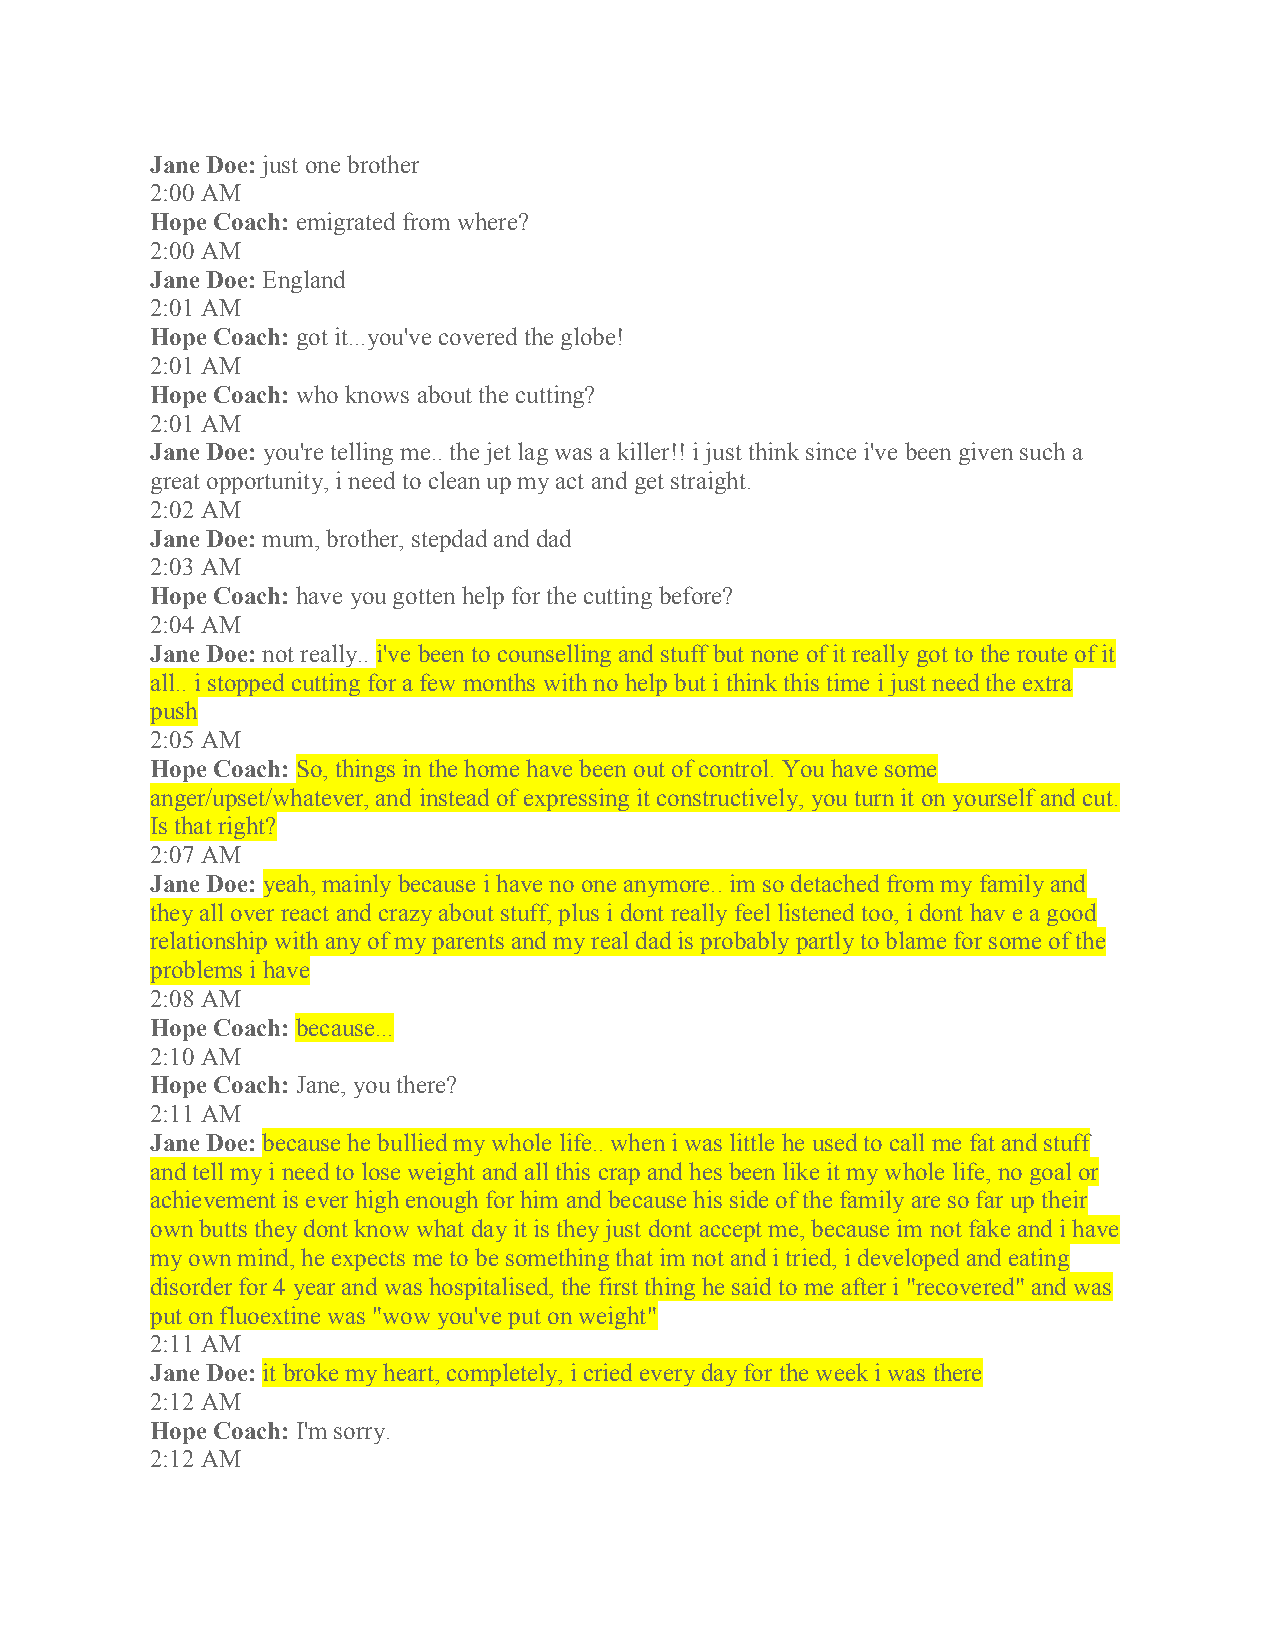
Jane Doe: just one brother
 2:00 AM
 Hope Coach: emigrated from where?
 2:00 AM
 Jane Doe: England
 2:01 AM
 Hope Coach: got it...you've covered the globe!
 2:01 AM
 Hope Coach: who knows about the cutting?
 2:01 AM
 Jane Doe: you're telling me.. the jet lag was a killer!! i just think since i've been given such a
 great opportunity, i need to clean up my act and get straight.
 2:02 AM
 Jane Doe: mum, brother, stepdad and dad
 2:03 AM
 Hope Coach: have you gotten help for the cutting before?
 2:04 AM
 Jane Doe: not really.. i've been to counselling and stuff but none of it really got to the route of it
 all.. i stopped cutting for a few months with no help but i think this time i just need the extra
 push
 2:05 AM
 Hope Coach: So, things in the home have been out of control. You have some
 anger/upset/whatever, and instead of expressing it constructively, you turn it on yourself and cut.
 Is that right?
 2:07 AM
 Jane Doe: yeah, mainly because i have no one anymore.. im so detached from my family and
 they all over react and crazy about stuff, plus i dont really feel listened too, i dont hav e a good
 relationship with any of my parents and my real dad is probably partly to blame for some of the
 problems i have
 2:08 AM
 Hope Coach: because...
 2:10 AM
 Hope Coach: Jane, you there?
 2:11 AM
 Jane Doe: because he bullied my whole life.. when i was little he used to call me fat and stuff
 and tell my i need to lose weight and all this crap and hes been like it my whole life, no goal or
 achievement is ever high enough for him and because his side of the family are so far up their
 own butts they dont know what day it is they just dont accept me, because im not fake and i have
 my own mind, he expects me to be something that im not and i tried, i developed and eating
 disorder for 4 year and was hospitalised, the first thing he said to me after i "recovered" and was
 put on fluoextine was "wow you've put on weight"
 2:11 AM
 Jane Doe: it broke my heart, completely, i cried every day for the week i was there
 2:12 AM
 Hope Coach: I'm sorry.
 2:12 AM